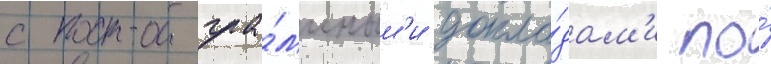
с програ́ммным'и докла́дам'и по́